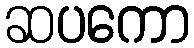
ဆပကော